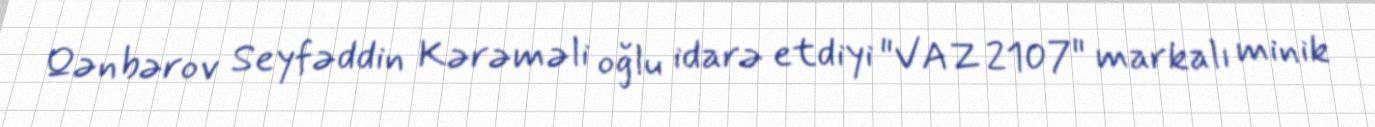
Qənbərov Seyfəddin Kərəməli oğlu idarə etdiyi "VAZ 2107" markalı minik